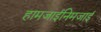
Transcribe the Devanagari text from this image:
हामजाईनिमजाई